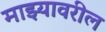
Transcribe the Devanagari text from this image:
माझ्यावरील